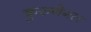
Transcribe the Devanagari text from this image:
कुरुनेगल